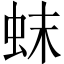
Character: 𬟼